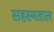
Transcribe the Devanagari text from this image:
सहस्मताल